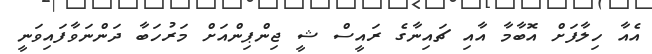
އެއާ ހިލާފަށް އޮބާމާ އާއި ޗައިނާގެ ރައީސް ޝީ ޖިންޕިންއަށް މަރުހަބާ ދަންނަވާފައިވަނީ